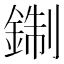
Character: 𨨪